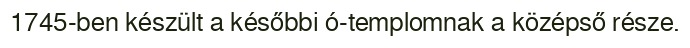
1745-ben készült a későbbi ó-templomnak a középső része.